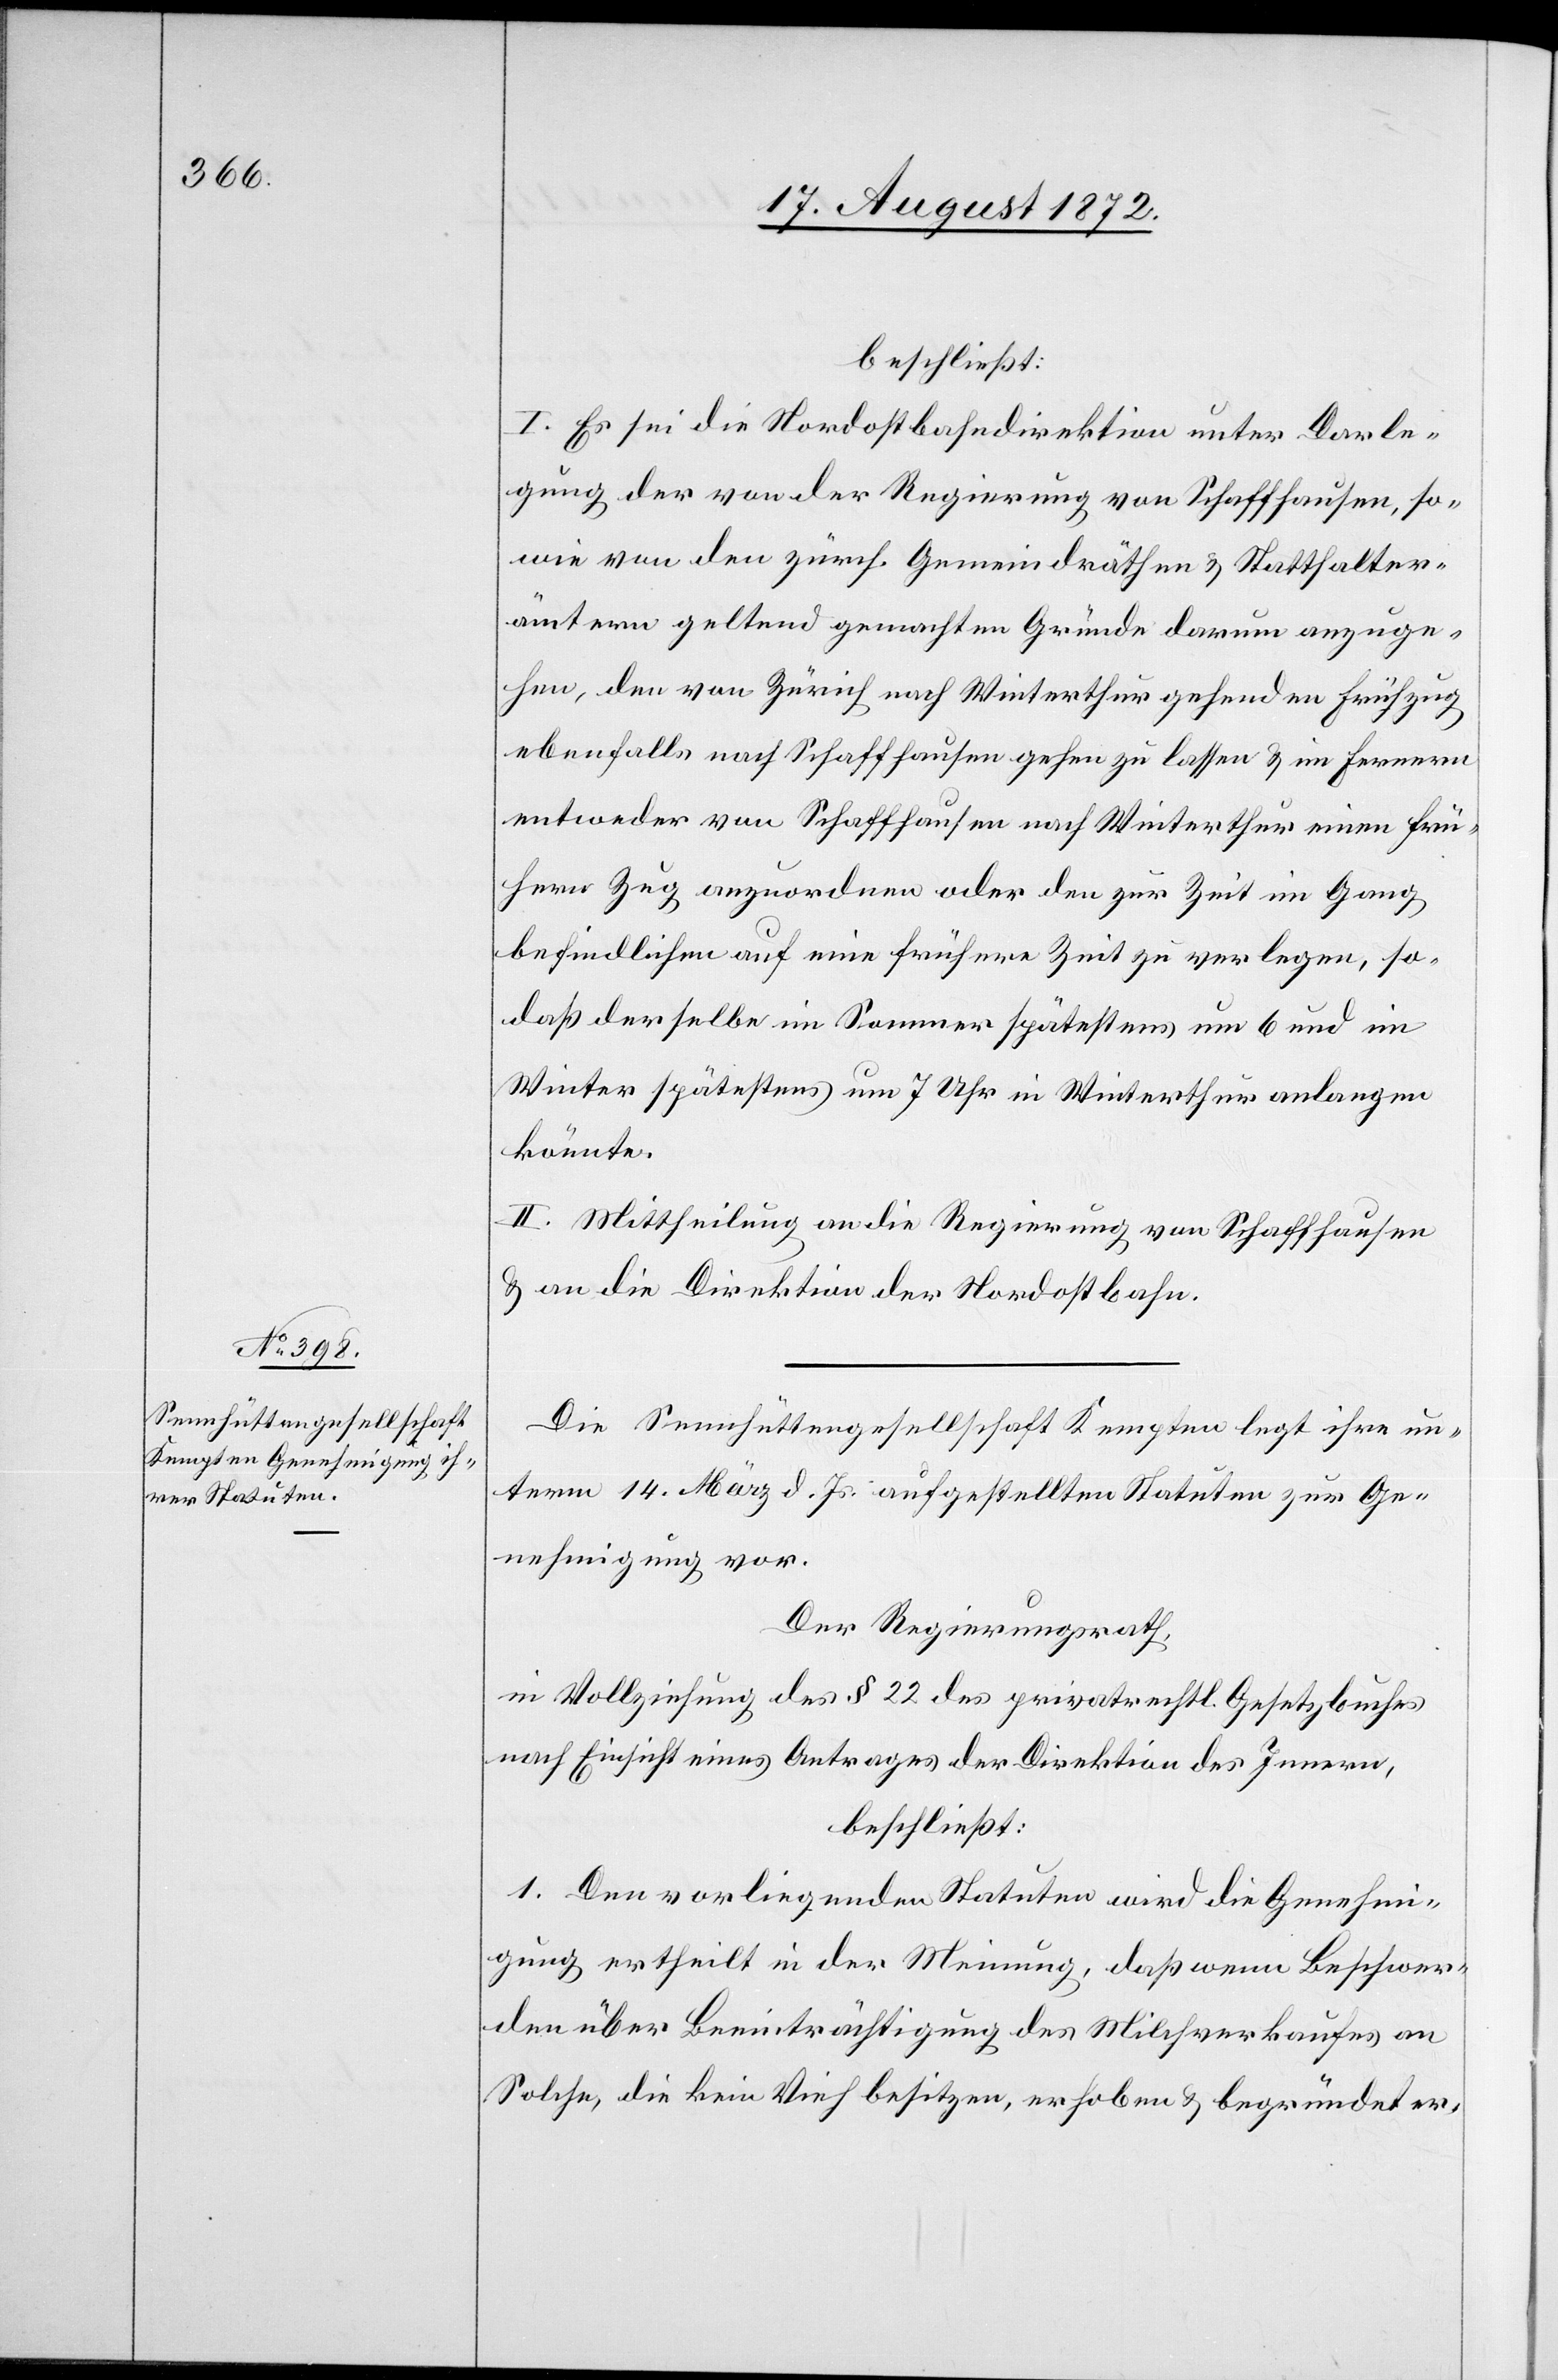
beschließt:
I. Es sei die Nordostbahndirektion unter Darle¬
gung der von der Regierung von Schaffhausen, so¬
wie von den zürch. Gemeindräthen u. Statthalter¬
ämtern geltend gemachten Gründe darum anzuge¬
hen, den von Zürich nach Winterthur gehenden Frühzug
ebenfalls nach Schaffhausen gehen zu lassen u. im Fernern
entweder von Schaffhausen nach Winterthur einen frü¬
hern Zug anzuordnen oder den zur Zeit im Gang
befindlichen auf eine frühere Zeit zu verlegen, so¬
daß derselbe im Sommer spätestens um 6 und im
Winter spätestens um 7 Uhr in Winterthur anlangen
könnte.
II. Mittheilung an die Regierung von Schaffhausen
u. an die Direktion der Nordostbahn.
Die Sennhüttengesellschaft Kempten legt ihre un¬
term 14. März d. Js. aufgestellten Statuten zur Ge¬
nehmigung vor.
Der Regierungsrath,
in Vollziehung des § 22 des privatrechtl. Gesetzbuches
nach Einsicht eines Antrages der Direktion des Innern,
beschließt:
1. Den vorliegenden Statuten wird die Genehmi¬
gung ertheilt in der Meinung, daß wenn Beschwer¬
den über Beeinträchtigung des Milchverkaufes an
Solche, die kein Vieh besitzen, erhoben u. begründet er-